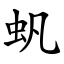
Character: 䖠